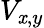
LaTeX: V_{\mathit{x},y}